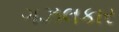
ગઝલકાર